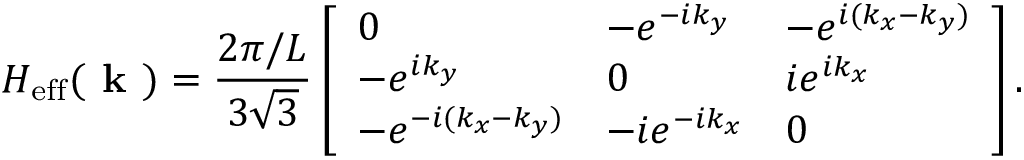
H _ { \mathrm { e f f } } ( \textbf { k } ) = \frac { 2 \pi / L } { 3 \sqrt { 3 } } \left[ \begin{array} { l l l } { 0 } & { - e ^ { - i k _ { y } } } & { - e ^ { i ( k _ { x } - k _ { y } ) } } \\ { - e ^ { i k _ { y } } } & { 0 } & { i e ^ { i k _ { x } } } \\ { - e ^ { - i ( k _ { x } - k _ { y } ) } } & { - i e ^ { - i k _ { x } } } & { 0 } \end{array} \right] .